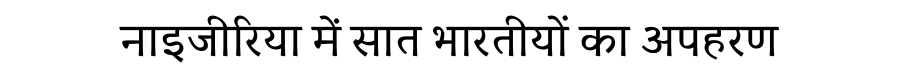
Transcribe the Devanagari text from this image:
नाइजीरिया में सात भारतीयों का अपहरण